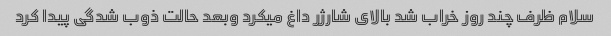
سلام ظرف چند روز خراب شد بالای شارژر داغ میکرد وبعد حالت ذوب شدگی پیدا کرد